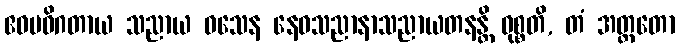
ဧဝမဓိဂတာယ သညာယ ဝသေန နေဝသညာနာသညာယတနန္တိ ဝုစ္စတိ, တံ အတ္ထတော